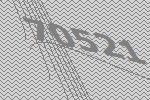
70521